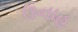
ઉનાહ